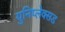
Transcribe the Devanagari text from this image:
युनिप्लेक्सड